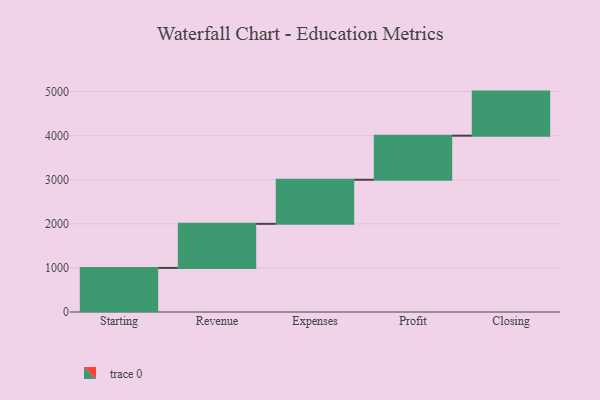
{"axis": {"x": "Step", "y": "Value"}, "legend": [""], "data": [{"x": "Starting", "y": 1000, "type": ""}, {"x": "Revenue", "y": 1000, "type": ""}, {"x": "Expenses", "y": 1000, "type": ""}, {"x": "Profit", "y": 1000, "type": ""}, {"x": "Closing", "y": 1000, "type": ""}]}